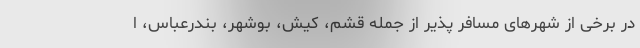
در برخی از شهرهای مسافر پذیر از جمله قشم، کیش، بوشهر، بندرعباس، ا